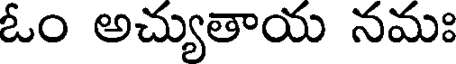
ఓం అచ్యుతాయ నమః